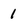
Character: 1